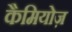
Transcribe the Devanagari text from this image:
कैमियोज़